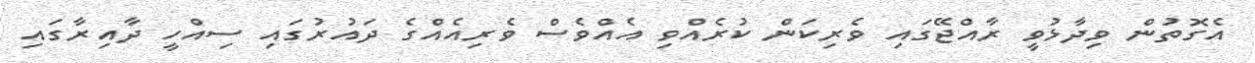
އެގޮތުން ވިދާޅުވީ ރާއްޖޭގައި ވެރިކަން ކުރެއްވި އެއްވެސް ވެރިއެއްގެ ދައުރުގައި ސިއްހީ ދާއިރާގައި